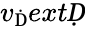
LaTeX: v_{\mathrm Ḋ}extḌ